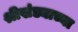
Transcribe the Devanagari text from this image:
श्रीखंड्याच्या